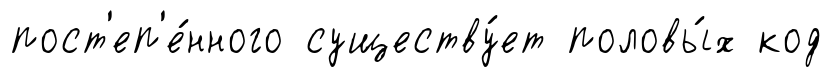
пост'еп'е́нного существу́ет половы́х код